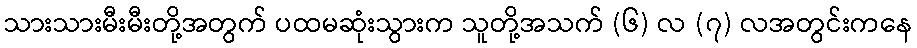
သားသားမီးမီးတို့အတွက် ပထမဆုံးသွားက သူတို့အသက် (၆) လ (၇) လအတွင်းကနေ